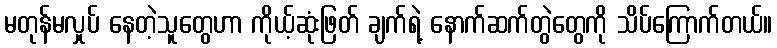
မတုန်မလှုပ် နေတဲ့သူတွေဟာ ကိုယ့်ဆုံးဖြတ် ချက်ရဲ့ နောက်ဆက်တွဲတွေကို သိပ်ကြောက်တယ်။